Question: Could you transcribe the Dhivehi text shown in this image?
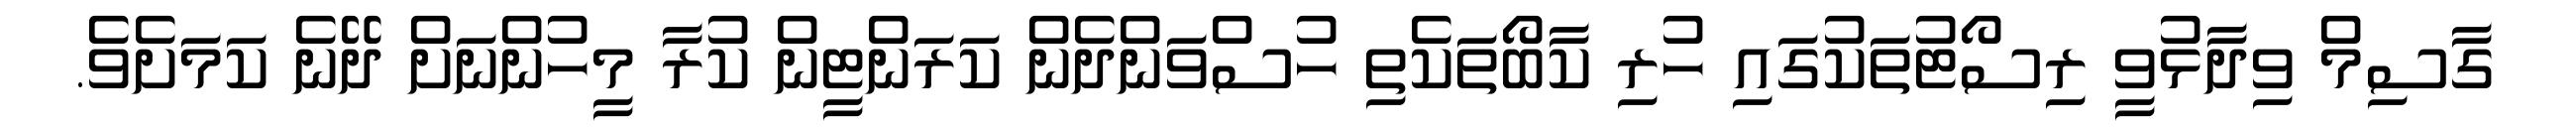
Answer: ގާސިމް ވިދާޅުވީ ރިސޯޓުތަކުގައި ހުރި ކާބޯތަކެތި ހުސްވަންދެން ކަރަންޓީން ކުރާ މީހުންނަށް ދޭނެ ކަމަށެވެ.